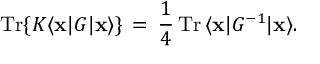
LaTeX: \mathrm { T r } \{ K \langle { \bf x } | G | { \bf x } \rangle \} \, = \, \frac { 1 } { 4 } \, \mathrm { T r } \, { \langle { \bf x } | G ^ { - 1 } | { \bf x } \rangle } .